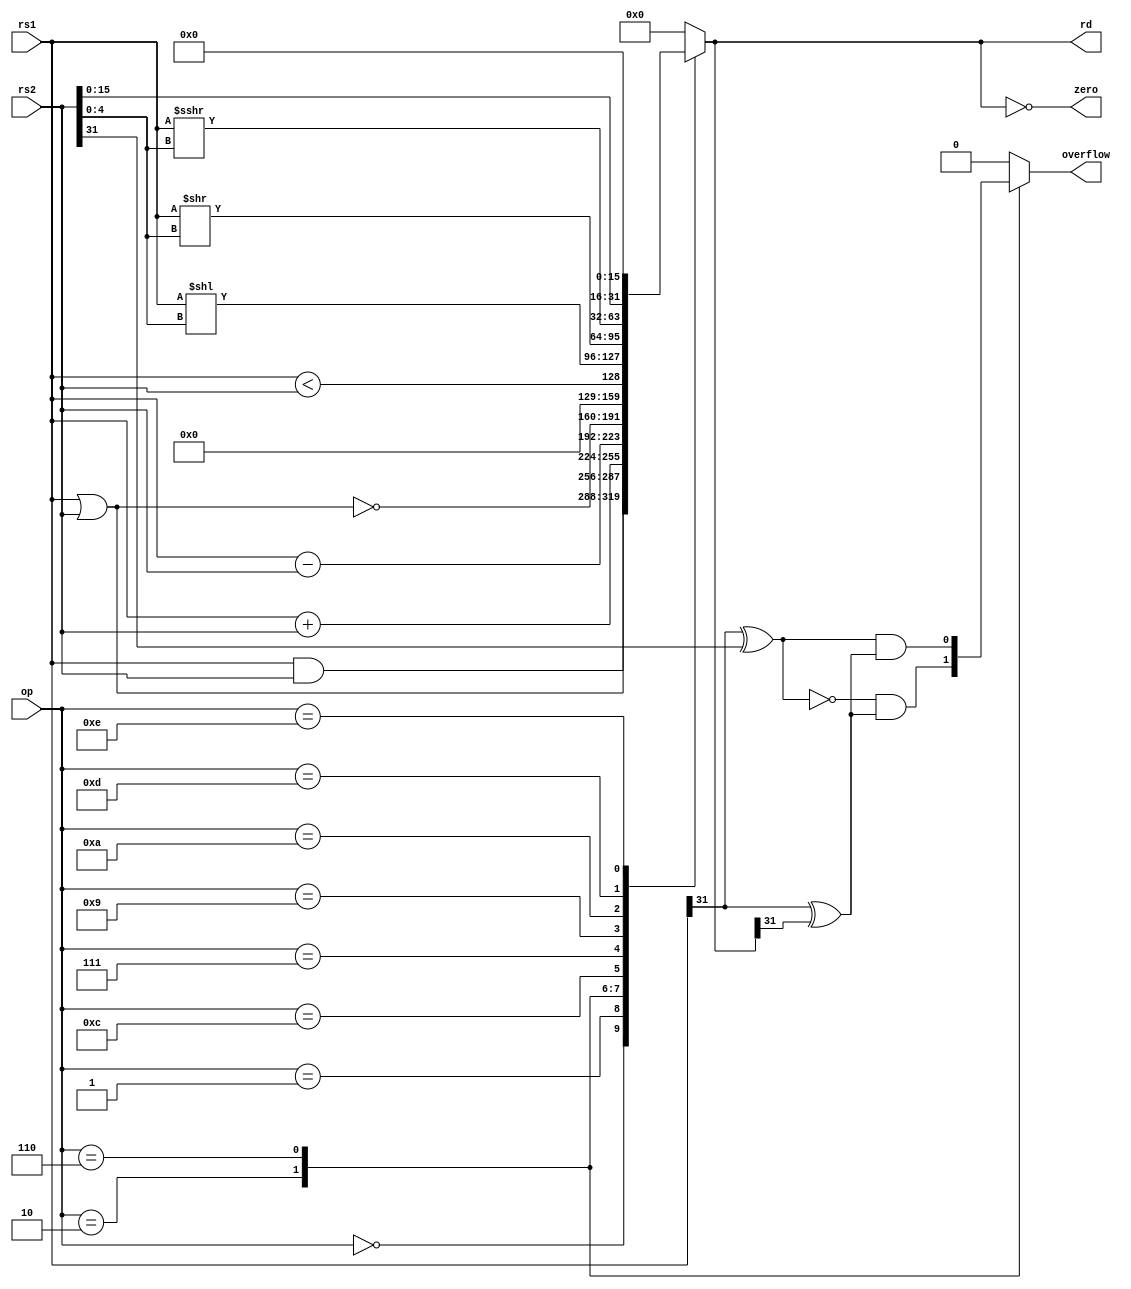
/*
 */

module alu #(
    parameter DWIDTH = 32
)(
    input  wire        [3 : 0]        op,       // Operation to perform.
    input  wire        [DWIDTH-1 : 0] rs1,      // Input data #1.
    input  wire        [DWIDTH-1 : 0] rs2,      // Input data #2.

    output reg         [DWIDTH-1 : 0] rd,       // Result of computation.
    output reg                        zero,     // zero = 1 if rd is 0, 0 otherwise.
    output reg                        overflow  // overflow = 1 if overflow happens.
);

    localparam [3:0] OP_AND = 4'b0000,
                     OP_OR  = 4'b0001,
                     OP_ADD = 4'b0010,
                     OP_SUB = 4'b0110,
                     OP_NOR = 4'b1100,
                     OP_SLT = 4'b0111,
                     OP_SLL = 4'b1001,
                     OP_SRL = 4'b1010,
                     OP_SRA = 4'b1101,
                     OP_LUI = 4'b1110;

    reg signed [DWIDTH : 0] result;

    // ALU functionality
    always @(*) begin
        case (op)
            OP_AND  : result =  (rs1 & rs2);
            OP_OR   : result =  (rs1 | rs2);
            OP_ADD  : result =  (rs1 + rs2);
            OP_SUB  : result =  (rs1 - rs2);
            OP_NOR  : result = ~(rs1 | rs2);
            OP_SLT  : result =  $signed(rs1) < $signed(rs2);
            OP_SLL  : result =  (rs1 << rs2[4:0]);
            OP_SRL  : result =  (rs1 >> rs2[4:0]);
            OP_SRA  : result =  ($signed(rs1) >>> rs2[4:0]);
            OP_LUI  : result =  {rs2[15:0], 16'b0};
            default : result = 0;
        endcase
    end

    // rd logic
     always @(*) begin
        rd = result[DWIDTH-1 : 0];
    end

    // zero logic
    always @(*) begin
        zero = (rd == 0);
    end

    // overflow logic
    always @(*) begin
        case (op)
            OP_ADD  : overflow = ~(rs1[DWIDTH-1] ^ rs2 [DWIDTH-1]) & (rs1[DWIDTH-1] ^ rd[DWIDTH-1]);
            OP_SUB  : overflow =  (rs1[DWIDTH-1] ^ rs2 [DWIDTH-1]) & (rs1[DWIDTH-1] ^ rd[DWIDTH-1]);
            default : overflow = 0;
        endcase
    end

endmodule